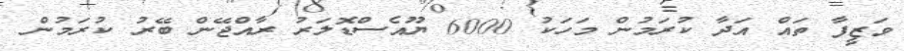
ވަޒީފާ ތައް އަދާ ކުރަމުން މަހަކު 6000 ޔޫއެސްޑޮލަރު ރާއްޖޭން ބޭރު ކުރަމުން